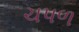
ચપળ